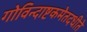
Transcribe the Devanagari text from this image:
गोविन्दाष्टकमेतदधीते